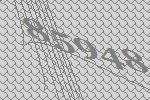
85948